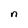
Character: n